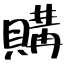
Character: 購